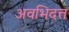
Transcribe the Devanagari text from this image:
अवभिदत्त